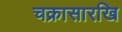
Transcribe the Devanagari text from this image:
चक्रासारखि